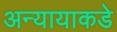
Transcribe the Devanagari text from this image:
अन्यायाकडे